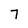
Character: 7